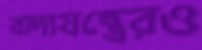
বাদ্যযন্ত্রেরও